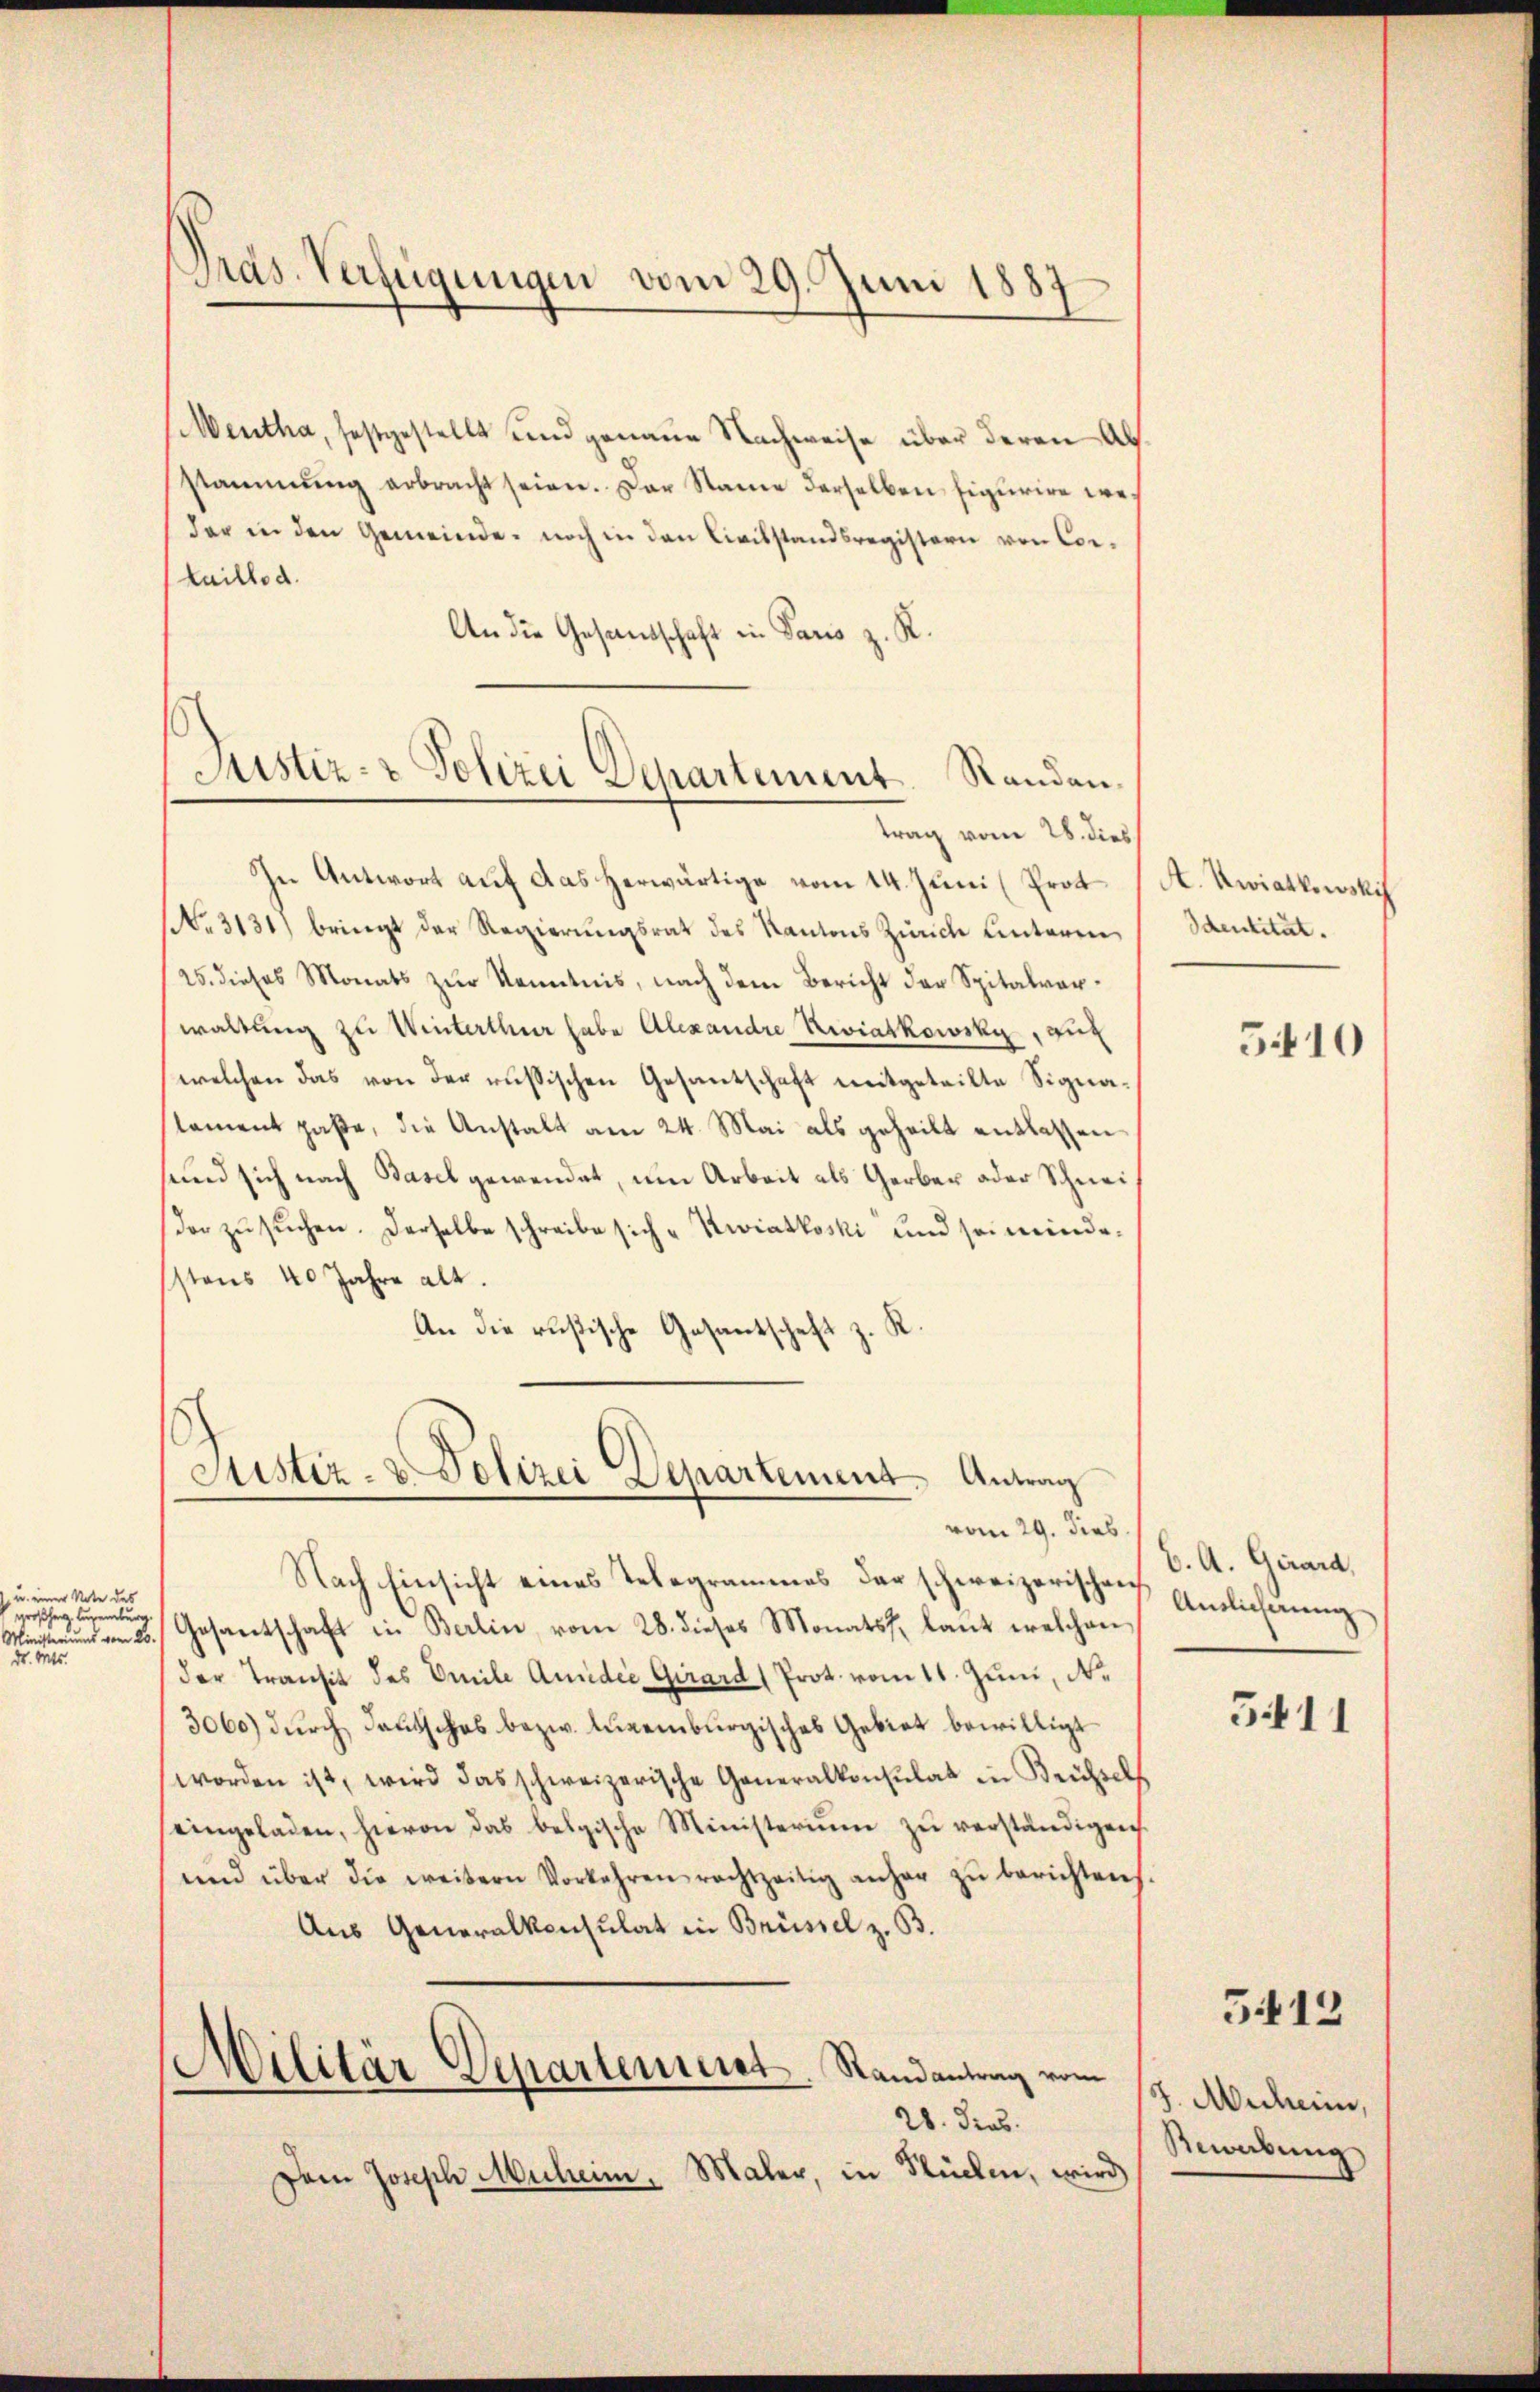
u. einer Note des
großherz. Augenburg.
Ministeriums vom 20.
Dr. Mts.

Pras. Verfügungen vom 29. Juni 1887

Mentha, festgestellt und genaue Nachweise über deren Abstammung erbracht seien. Der Name derselben figurire we
der in den Gemeinde, noch in den Civilstandsregistern von Cortaillo d.
An die Gesandschaft in Paris z. R.
In Antwort auf das herwärtige vom 14. Juni (Prot
Nr. 3131) bringt der Regierungsrat des Kantons Zürich Unteren
25. dieses Monats zur Kenntnis, nach dem Bericht der Spitalverwaltung zu Winterthur habe Alexandre Reviatkowsky, zur
welchen das von der russischen Gesantschaft mitgeteilte Signastament paßte, die Anstalt am 24. Mai als geheilt entlassen
sund sich nach Basel gewendet, um Arbeit als Gerber oder Schneidor zusuchen. Derselbe schreibe sich „Zwiatloski und sei mindestens 40 Jahre alt.
R.
An die rusische Gesantschaft z.

Justiz- & Polizei Departement. Randantrag vom 28. dies

Justiz- & Polizei Departement. Antrag
vom 29. dies

Nach Einsicht eines Telegrammes der schweizerischen Einlichnung
Gesantschaft in Berlin vom 28. dieses Monats, laut welchen
der Transit des Emile Audie Girard (Prot. vom 11. Juni, N.
3060) durch deutsches bezw. Augenburgisches Gebiet bewilligt
worden ist, wird das schweizerische Generalkonsulat in Krichsels
eingeladen, hievon das belgische Ministeriŭm zŭ verständigen.
und über die weitern Vorkehren rechtzeitig anher zŭ berichten.
Aus Generalkonsulat in Brüssel z. B.
Militär-Departen ist. Randantrag vom
28. Dies
Dem Joseph Muheim. Maler, in Stücken, wird

A. Zwiathwski
Identität.

5410

b. A. Girard,
5411

J. Muheim,
Bewerbung

512